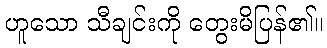
ဟူသော သီချင်းကို တွေးမိပြန်၏။